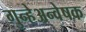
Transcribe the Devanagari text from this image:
गुन्हेअन्वेषक